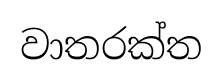
වාතරක්ත